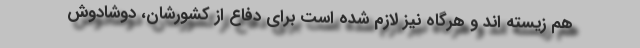
هم زیسته اند و هرگاه نیز لازم شده است برای دفاع از کشورشان، دوشادوش